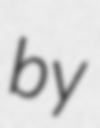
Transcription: by